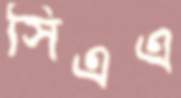
সিএএ